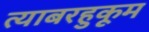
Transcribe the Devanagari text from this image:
त्याबरहुकूम